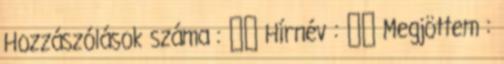
Hozzászólások száma : ▪▪ Hírnév : ▪▪ Megjöttem :